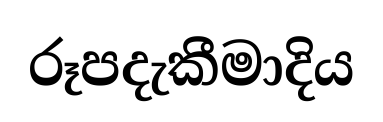
රූපදැකීමාදිය